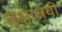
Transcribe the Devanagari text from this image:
वृक्षाश्रयी